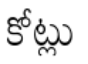
కోట్లు